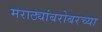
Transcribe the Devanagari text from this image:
मराठ्यांबरोबरच्या